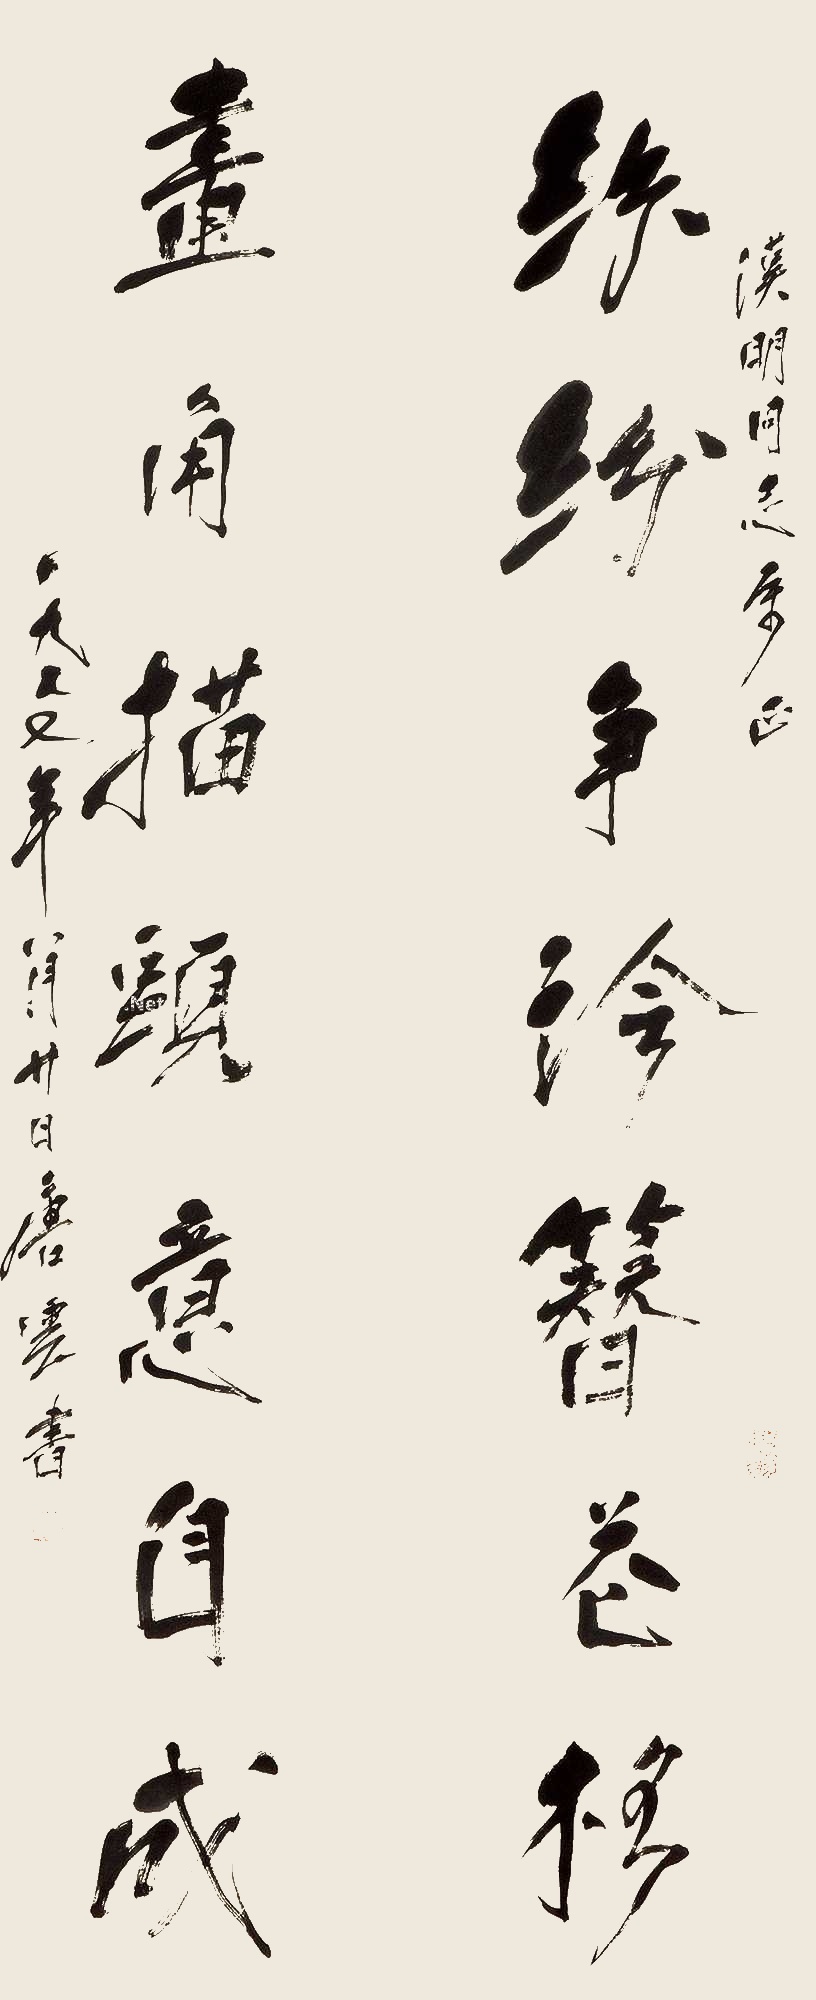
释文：纷纷争吟簪花格，画角描头意自成。汉明同志属正，一九七七年八月廿日唐云书。